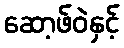
ဆော့ဖ်ဝဲနှင့်